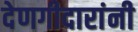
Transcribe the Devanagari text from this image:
देणगीदारांनी